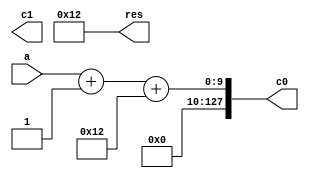
module cprop(input [7:0] a, output [127:0] c0, output [63:0] c1, output [60:0] res);

always @(a) begin
  res = 4;
  res = res<<2; // 16
  res = res + 2; // 17

  c0 = a + 1 + res;

  /*
  c0 = a + 1 + res;
  c0 = c0 + 60'h3;
  c0 = c0 + 67'hffff_ffff_0000;

  c1 = c0;
  c1 = c1<<10;
  c1 = c1 + c0;
  */

end
endmodule